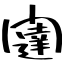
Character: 闥